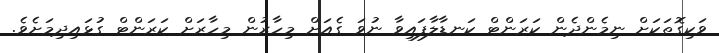
ވަކިގޮތަކަށް ނިމެންދެން ކަރަންޓް ކަނޑާލާފައިވާ ނުވަ ގެއަށް މިހާރުން މިހާރަށް ކަރަންޓް ގުޅައިދިމަށެވެ.